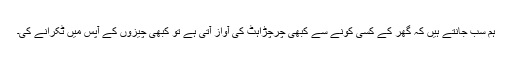
ہم سب جانتے ہیں کہ گھر کے کسی کونے سے کبھی چرچڑاہٹ کی آواز آتی ہے تو کبھی چیزوں کے آپس میں ٹکرانے کی۔